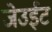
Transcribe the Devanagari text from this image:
जेउईट